Laimjala_vallavalitsus, lk 28
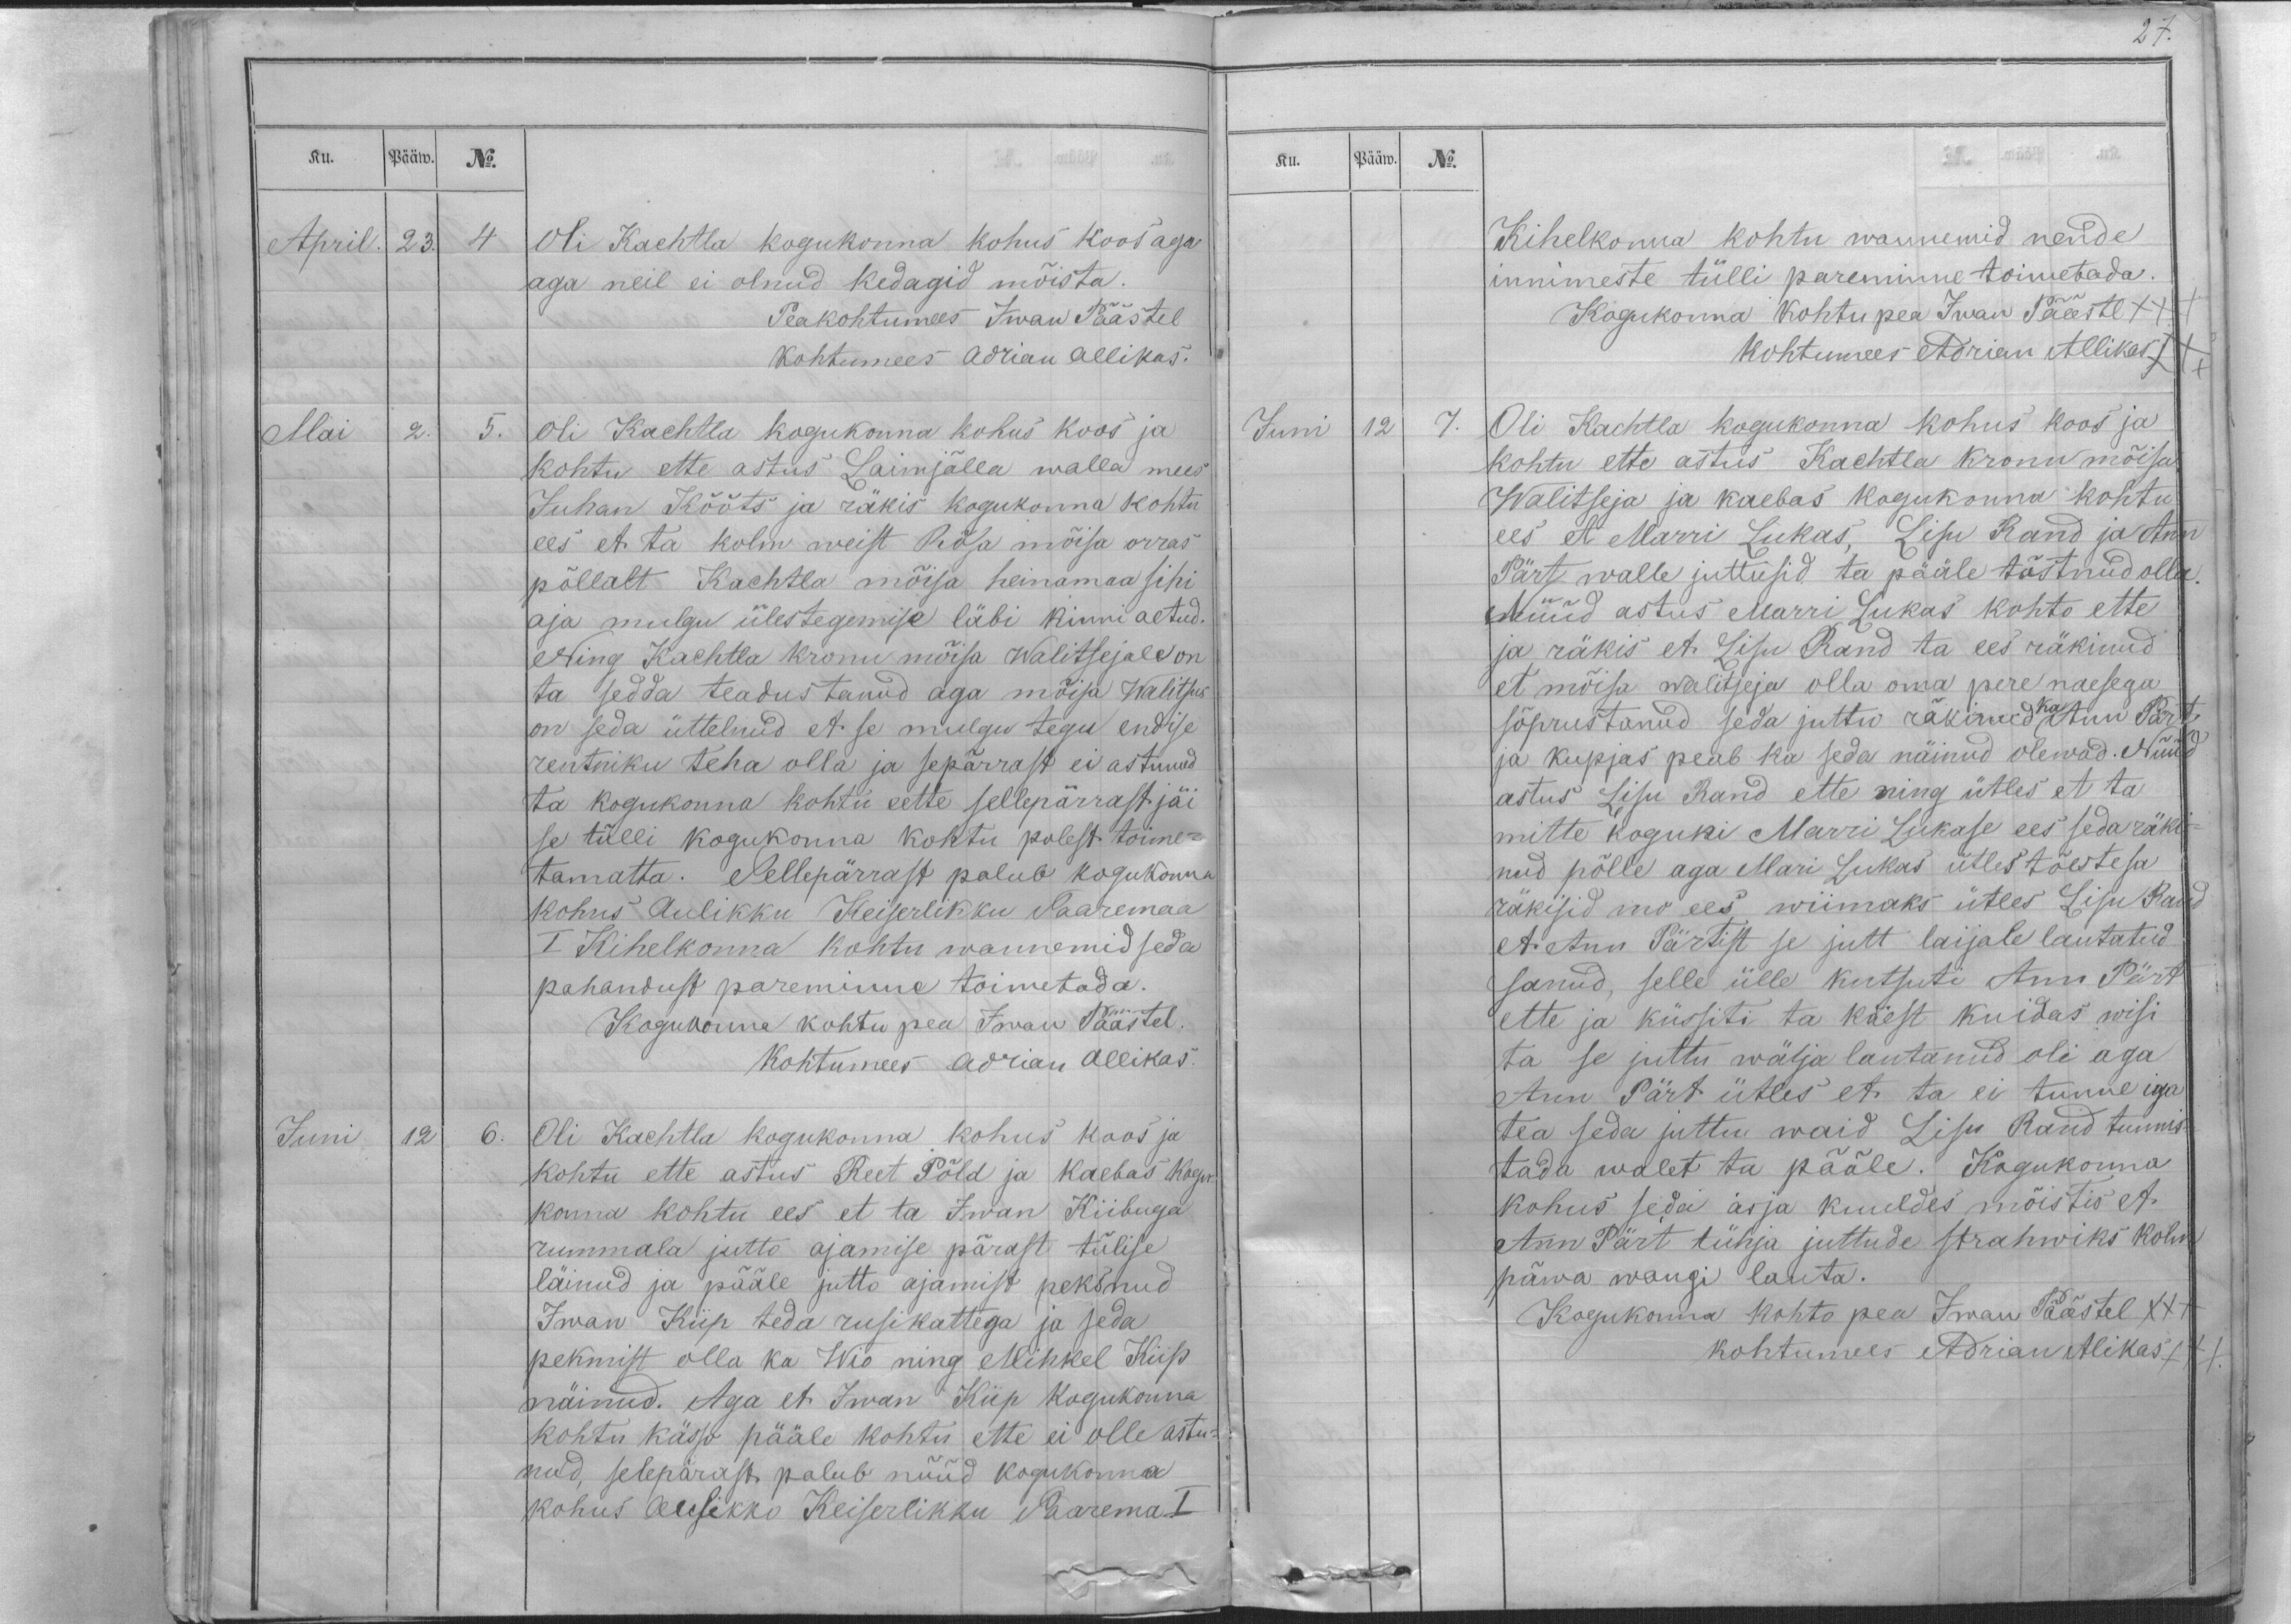
Ku.
Pääw.
No.
April.
23.
4
Oli Kachtla kogukonna kohus koos aga
aga neil ei olnud kedagid mõista.
Peakohtumees Iwan Päästel
Kohtumees Adrian Allikas.
Mai
2.
5.
Oli Kachtla kogukonna kohus koos ja
kohtu ette astus Laimjälla walla mees
Juhan Kõõts ja räkis kogukonna kohtu
ees et ta kolm weist Rõsa mõisa orras
põllalt Kachtla mõisa heinamaa sihi
aja mulgu ülestegemise läbi kinni aetud.
Ning Kachtla kronu mõisa Walitsejale on
ta sedda teadustanud aga mõisa Walitsus
on seda üttelnud et se mulgu tegu endise
rentniku teha olla ja sepärrast ei astunud
ta kogukonna kohtu eette sellepärrast jäi
se tülli kogukonna kohtu polest toime-
tamatta. Sellepärrast palub kogukonna
kohus Aulikku Keiserlikku Saaremaa
I Kihelkonna kohtu wannemid seda
pahandust pareminne toimetada.
Kogukonna kohtu pea Iwan Päästel.
Kohtumees Adrian Allikas.
Juni
12
6.
Oli Kachtla kogukonna kohus koos ja
kohtu ette astus Reet Põld ja kaebas kogu-
konna kohtu ees et ta Iwan Kiibuga
rummala jutto ajamise pärast tülise
läinud ja pääle jutto ajamist peksnud
Iwan Kiip teda rusikattega ja seda
pekmist olla ka Wio ning Mihkel Piip
näinud. Aga et Iwan Kiip kogukonna
kohtu kässo pääle kohtu ette ei olle astu-
nud, selepärast palub nüüd kogukonna
kohus Aulikko Keiserlikku Saarema I

Ku.
Pääw.
No.
Kihelkonna kohtu wannemid nende
innimeste tülli pareminne toimetada.
Kogukonna kohtu pea Iwan Päästel XXX
Kohtumees Adrian Allikas XXX
Juni
12
7.
Oli Kachtla kogukonna kohus koos ja
kohtu ette astus Kachtla kronu mõisa
Walitseja ja kaebas kogukonna kohtu
ees et Marri Lukas, Lisu Rand ja Ann
Pärt walle juttusid ta pääle tõstnud olla.
Nüüd astus Marri Lukas kohto ette
ja räkis et Lisu Rand ta ees räkinud
et mõisa walitseja olla oma pere naesega
ka
sõprustanud seda juttu räkinud Ann Pärt
ja kupjas peab ka seda näinud olewad. Nüüd
astus Lisu Rand ette ning ütles et ta
mitte koguni Marri Lukase ees seda räki-
nud põlle aga Mari Lukas ütles tõeste sa
räkisid mo ees wiimaks ütles Lisu Rand
et Ann Pärtist se jutt laijale lautatud
sanud, selle ülle kutsuti Ann Pärt
ette ja küssiti ta käest kuidas wisi
ta se juttu wälja lautanud oli aga
Ann Pärt ütles et ta ei tunne iga
tea seda juttu waid Lisu Rand tunnis-
tada walet ta pääle. Kogukonna
kohus seda asja kuuldes mõistis et
Ann Pärt tühja juttude strahwiks kolm
päwa wangi lauta.
Kogukonna kohto pea Iwan Päästel XXX
kohtumees Adrian Alikas XXX.